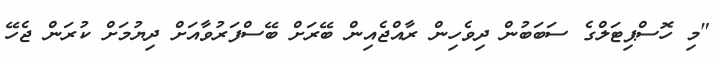
"މި ހޮސްޕިޓަލްގެ ސަބަބުން ދިވެހިން ރާއްޖެއިން ބޭރަށް ބޭސްފަރުވާއަށް ދިޔުމަށް ކުރަން ޖެހޭ